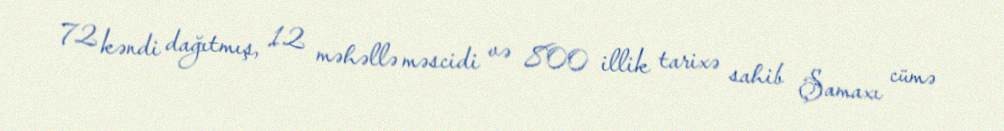
72 kəndi dağıtmış, 12 məhəllə məscidi və 800 illik tarixə sahib Şamaxı cümə